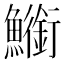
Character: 䲗